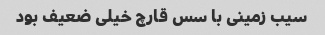
سیب زمینی با سس قارچ خیلی ضعیف بود